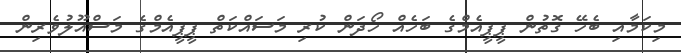
މިކަމާއި ބެހޭ ގޮތުން ޕީޕީއެމްގެ ބަހެއް ހޯދަން ކުރި މަސައްކަތް ޕީޕީއެމްގެ މަސްއޫލުވެރިން